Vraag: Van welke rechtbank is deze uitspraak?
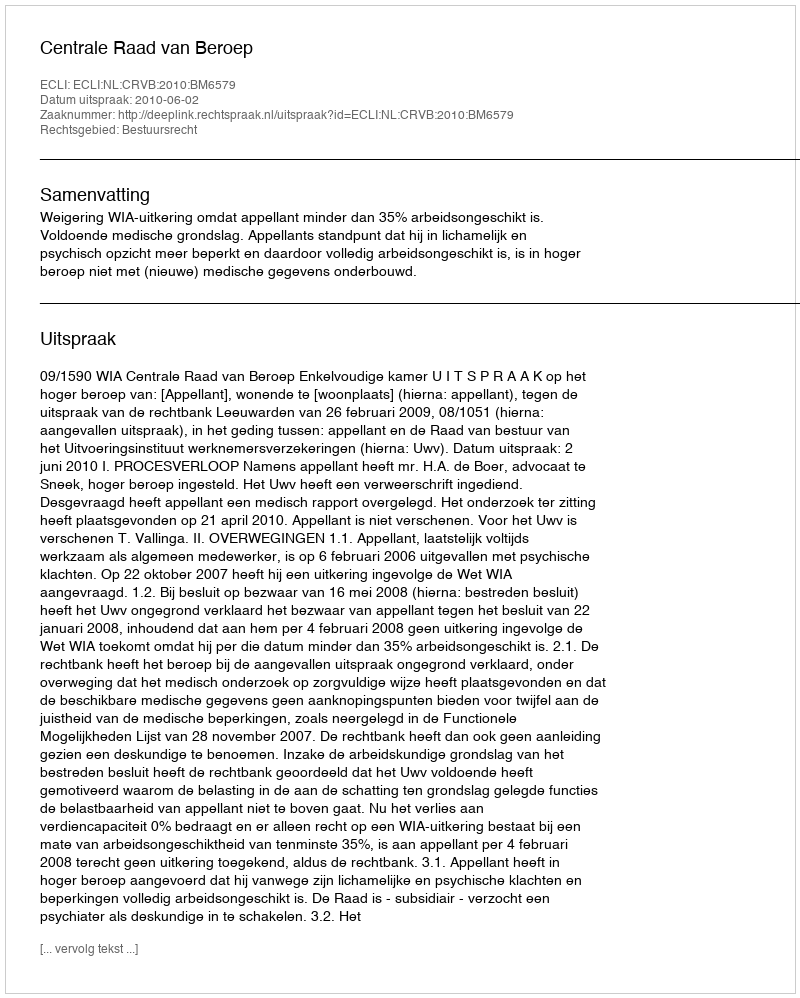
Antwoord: Centrale Raad van Beroep